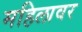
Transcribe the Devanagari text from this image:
महिलावर